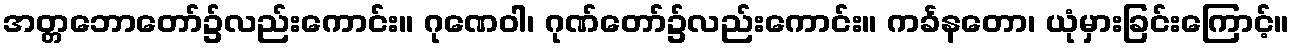
အတ္တဘောတော်၌လည်းကောင်း။ ဂုဏေဝါ၊ ဂုဏ်တော်၌လည်းကောင်း။ ကင်္ခနတော၊ ယုံမှားခြင်းကြောင့်။